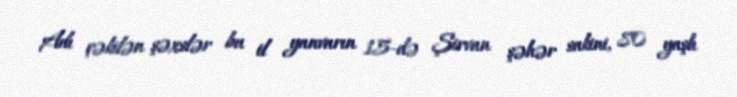
Adı çəkilən şəxslər bu il yanvarın 15-də Şirvan şəhər sakini, 80 yaşlı